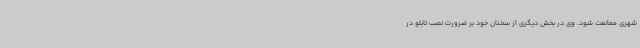
شهری ممانعت شود. وی در بخش دیگری از سخنان خود بر ضرورت نصب تابلو در